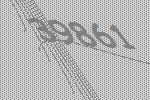
39861